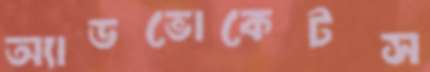
অ্যাডভোকেটস